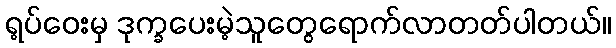
ရ့ပ်ဝေးမှ ဒုက္ခပေးမဲ့သူတွေရောက်လာတတ်ပါတယ်။